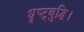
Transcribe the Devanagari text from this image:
धृष्ट्बुद्धि।